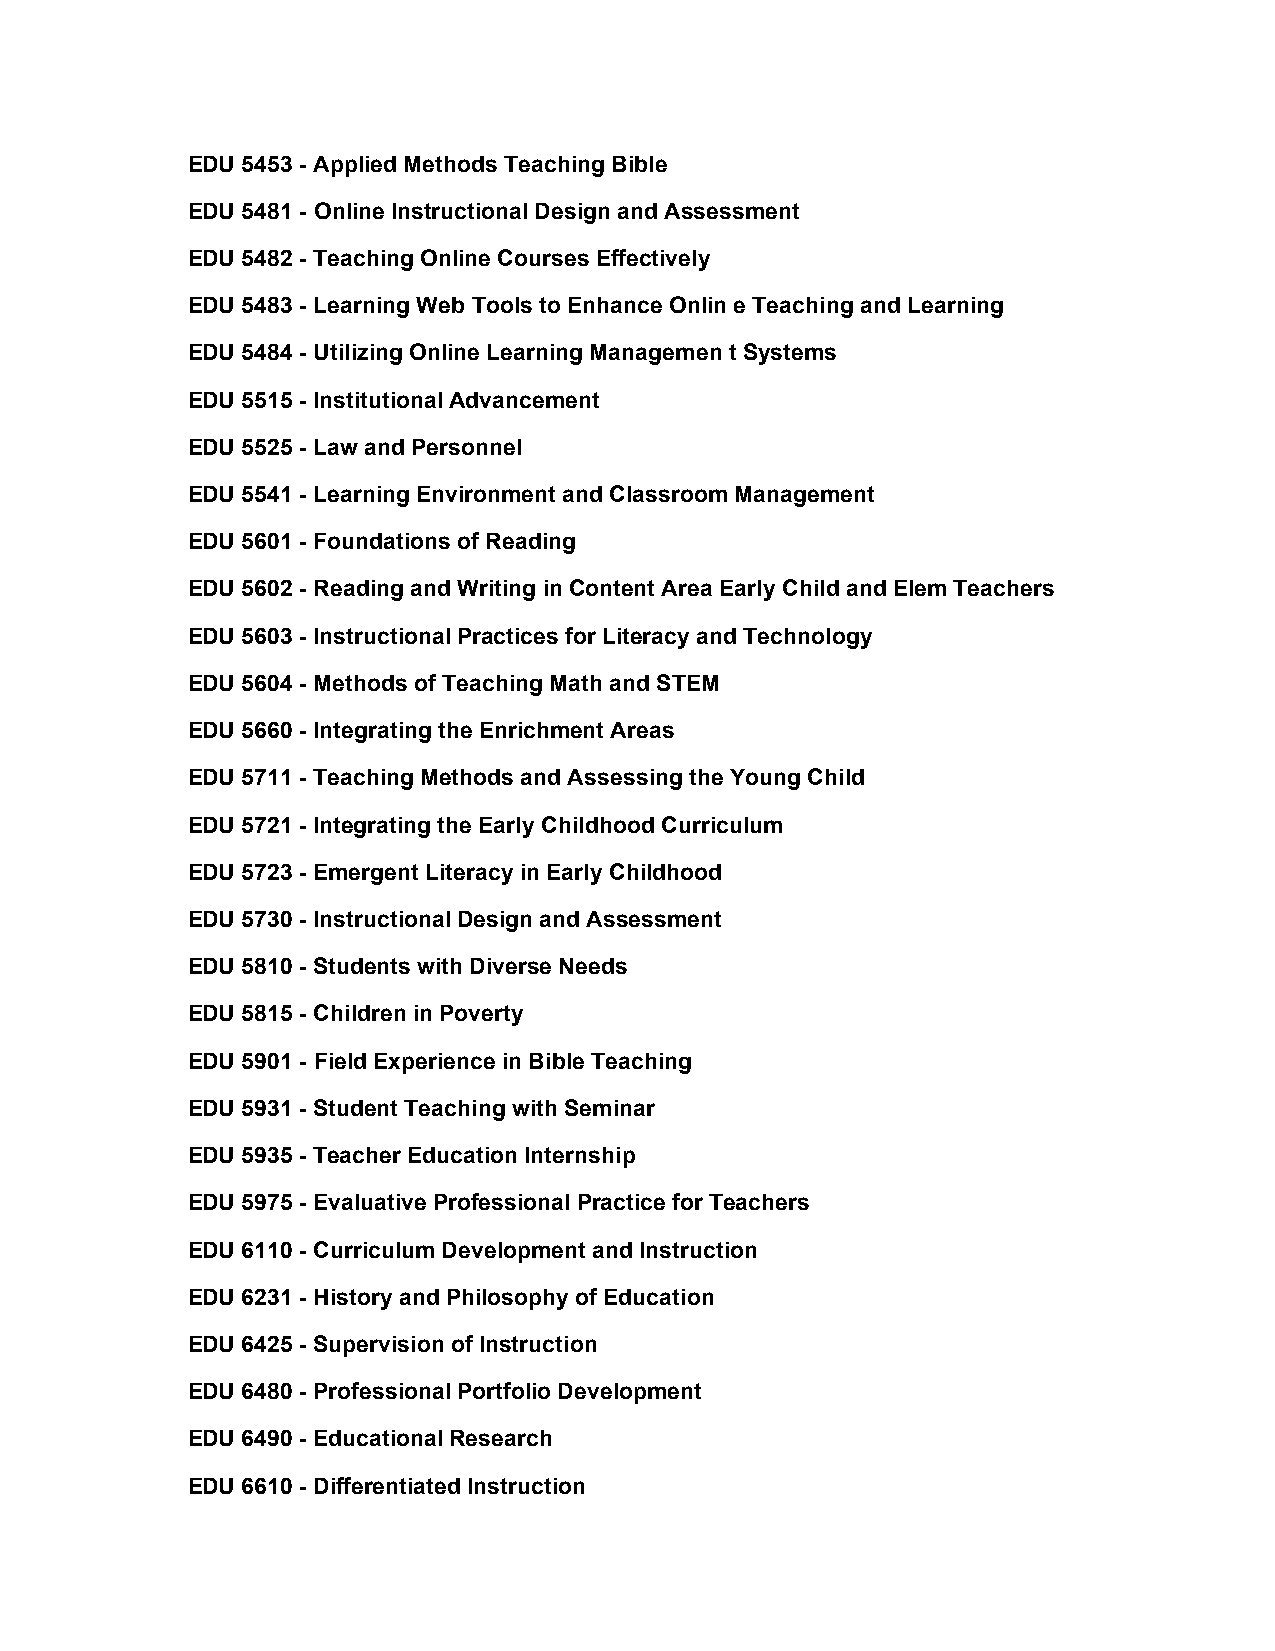
EDU 5453 - Applied Methods Teaching Bible
 EDU 5481 - Online Instructional Design and Assessment
 EDU 5482 - Teaching Online Courses Effectively
 EDU 5483 - Learning Web Tools to Enhance Onlin e Teaching and Learning
 EDU 5484 - Utilizing Online Learning Managemen t Systems
 EDU 5515 - Institutional Advancement
 EDU 5525 - Law and Personnel
 EDU 5541 - Learning Environment and Classroom Management
 EDU 5601 - Foundations of Reading
 EDU 5602 - Reading and Writing in Content Area Early Child and Elem Teachers
 EDU 5603 - Instructional Practices for Literacy and Technology
 EDU 5604 - Methods of Teaching Math and STEM
 EDU 5660 - Integrating the Enrichment Areas
 EDU 5711 - Teaching Methods and Assessing the Young Child
 EDU 5721 - Integrating the Early Childhood Curriculum
 EDU 5723 - Emergent Literacy in Early Childhood
 EDU 5730 - Instructional Design and Assessment
 EDU 5810 - Students with Diverse Needs
 EDU 5815 - Children in Poverty
 EDU 5901 - Field Experience in Bible Teaching
 EDU 5931 - Student Teaching with Seminar
 EDU 5935 - Teacher Education Internship
 EDU 5975 - Evaluative Professional Practice for Teachers
 EDU 6110 - Curriculum Development and Instruction
 EDU 6231 - History and Philosophy of Education
 EDU 6425 - Supervision of Instruction
 EDU 6480 - Professional Portfolio Development
 EDU 6490 - Educational Research
 EDU 6610 - Differentiated Instruction